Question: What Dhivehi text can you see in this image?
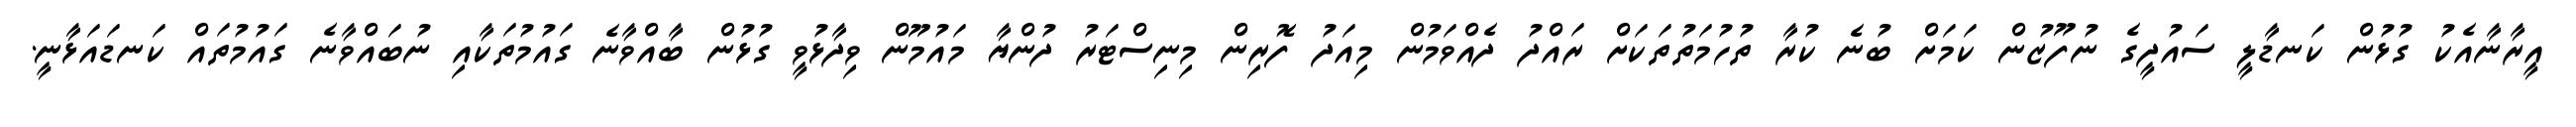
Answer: އީރާނާއެކު ގުޅުން ކަނޑާލީ ސައުދީގެ ނުފޫޒުން ކަމަށް ބުނެ ކުރާ ތުހުމަތުތަކަށް ރައްދު ދެއްވަމުން މިއަދު ފޮރިން މިނިސްޓަރު ދުންޔާ މައުމޫން ވިދާޅުވީ ގުޅުން ބާއްވާނެ ގައުމުތަކާއި ނުބައްވާނެ ގައުމުތައް ކަނޑައަޅާނީ.